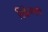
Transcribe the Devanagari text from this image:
सिक्केचाहती